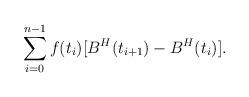
LaTeX: \begin{align*}\displaystyle \sum \limits_{i = 0}^{n-1} f(t_i) [B^H(t_{i+1}) - B^H(t_i)].\end{align*}